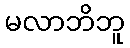
မလာဘိဘူ